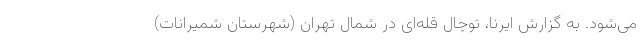
می‌شود. به گزارش ایرنا، توچال قله‌ای در شمال تهران (شهرستان شمیرانات)